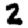
Digit: 2